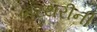
ભરથરીની